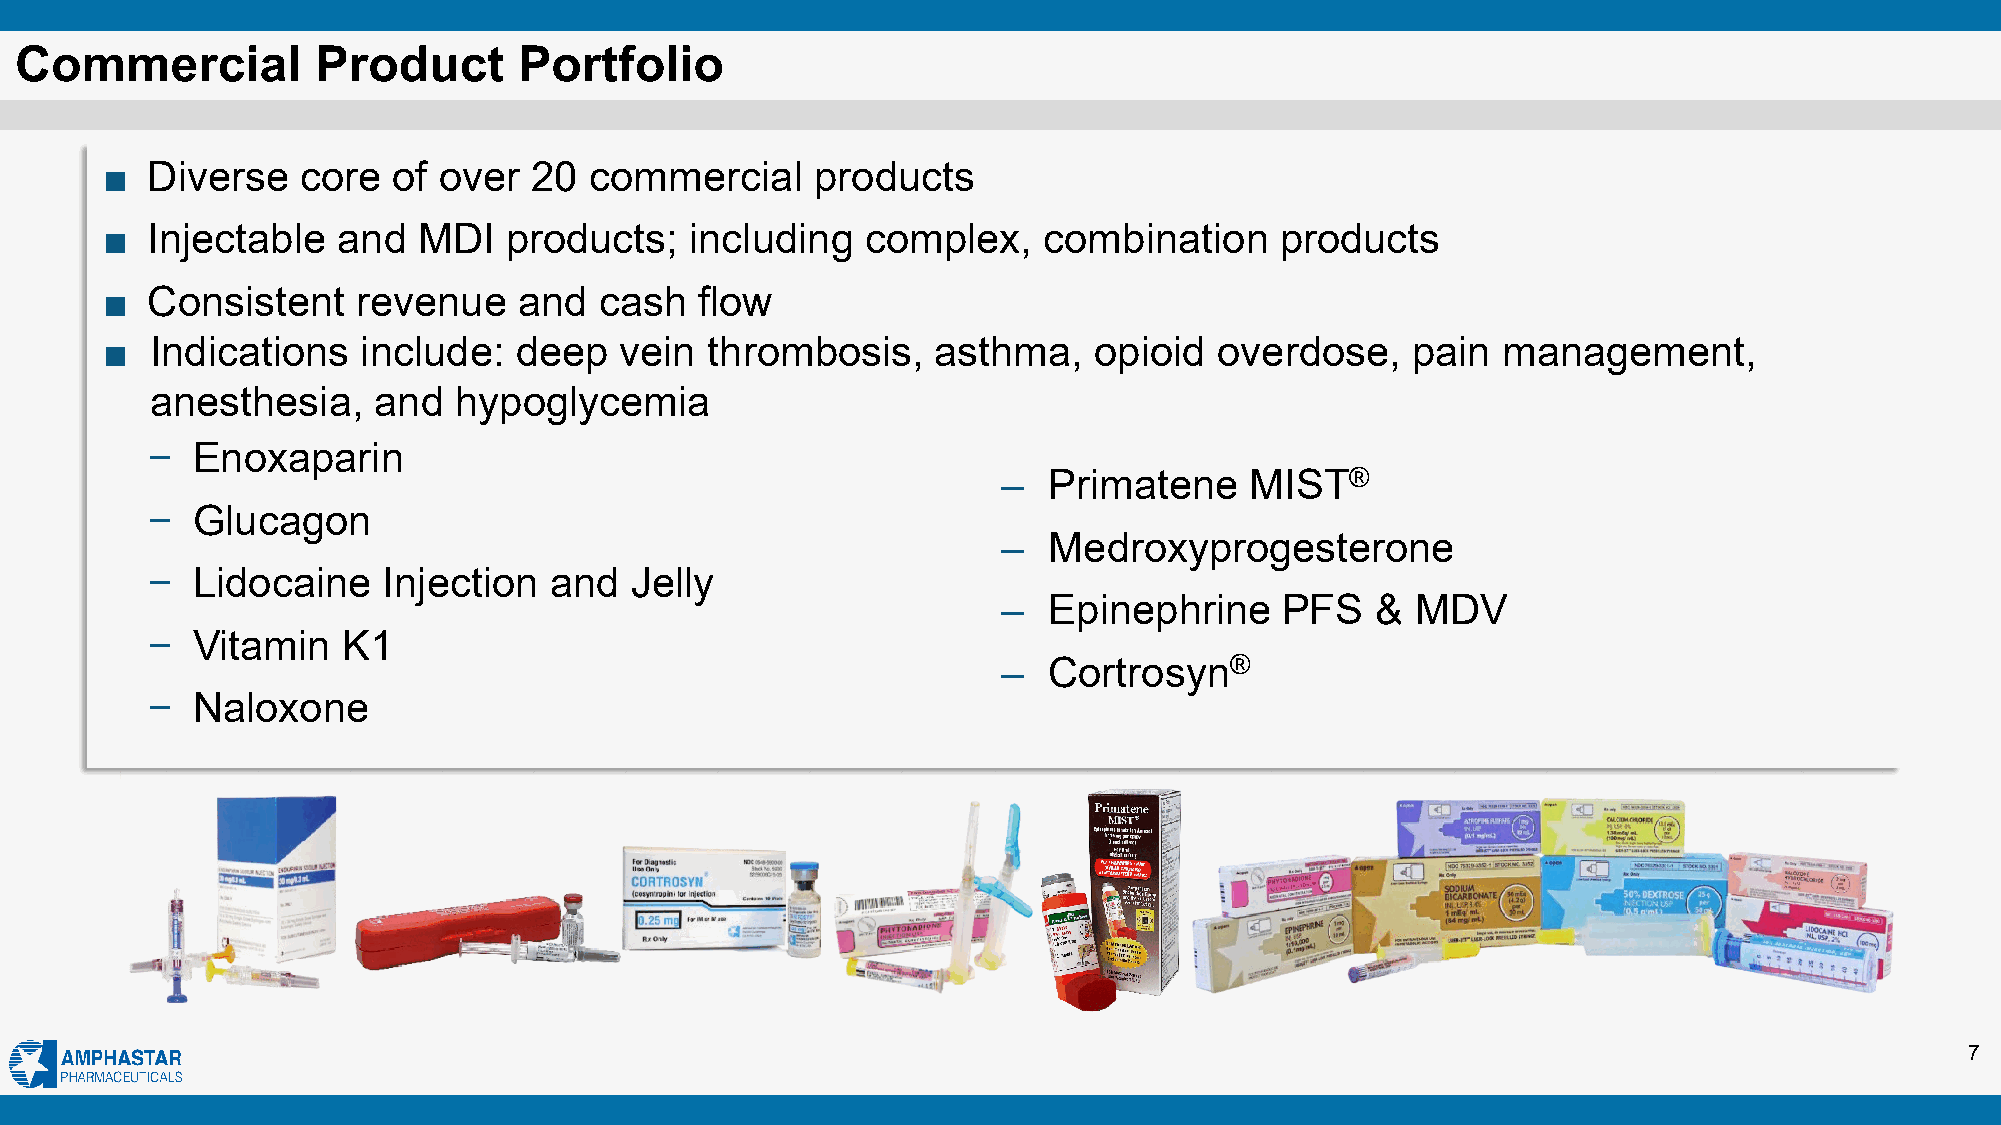
Commercial          Product      Portfolio
 ■  Diverse   core  of over  20  commercial     products
 ■  Injectable  and   MDI  products;    including  complex,    combination     products
 ■  Consistent    revenue   and   cash  flow
 ■  Indications   include:  deep   vein  thrombosis,    asthma,   opioid   overdose,   pain  management,
 anesthesia,    and  hypoglycemia
 −  Enoxaparin
 ‒  Primatene     MIST®
 −  Glucagon
 ‒  Medroxyprogesterone
 −  Lidocaine   Injection  and   Jelly
 ‒  Epinephrine     PFS   &  MDV
 −  Vitamin   K1
 ‒  Cortrosyn®
 −  Naloxone
 7